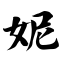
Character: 妮